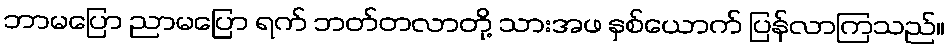
ဘာမပြော ညာမပြော ရက် ဘတ်တလာတို့ သားအဖ နှစ်ယောက် ပြန်လာကြသည်။